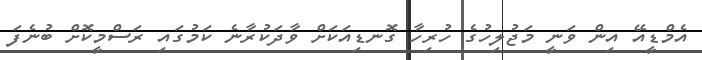
އެމްޑީއޭ އިން ވަނީ މަޖުލިހުގެ ހުރިހާ ގޮނޑިއަކަށް ވާދަކުރާނެ ކަމުގައި ރަސްމީކޮށް ބުނެފަ